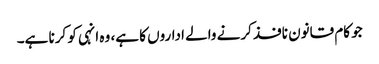
جو کام قانون نافذ کرنے والے اداروں کا ہے، وہ انہی کو کرنا ہے۔